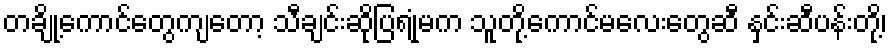
တချို့ကောင်တွေကျတော့ သီချင်းဆိုပြရုံမက သူတို့ကောင်မလေးတွေဆီ နှင်းဆီပန်းတို့၊